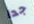
جدا